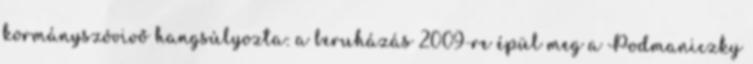
kormányszóvivő hangsúlyozta: a beruházás 2009-re épül meg a Podmaniczky